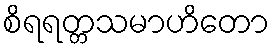
စိရရတ္တသမာဟိတော